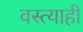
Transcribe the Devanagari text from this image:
वस्त्याही